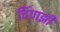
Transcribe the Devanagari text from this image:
चिंपाझी